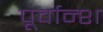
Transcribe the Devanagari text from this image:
पूर्वान्श